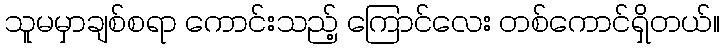
သူမမှာချစ်စရာ ကောင်းသည့် ကြောင်လေး တစ်ကောင်ရှိတယ်။